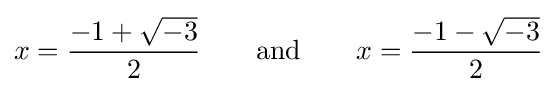
x={\frac {-1+{\sqrt {-3}}}{2}}\quad \quad {\text{and}}\quad \quad x={\frac {-1-{\sqrt {-3}}}{2}}